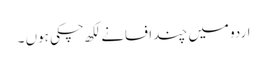
اردو میں چند افسانے لکھ چکی ہوں ۔